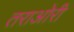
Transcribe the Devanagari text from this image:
तराओरी